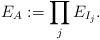
LaTeX: \begin{align*}{}E_A:=\prod_j E_{I_j}.\end{align*}